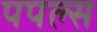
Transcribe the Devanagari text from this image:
पपल्स